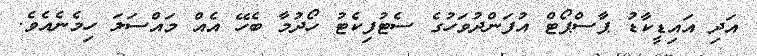
އަދި އައިޑީކާޑު ޕާސްޕޯޓް އުފަންދުވަހުގެ ސެޓުފިކެޓު ހޯދުމާ ބެހޭ އެއް މައްސަލަ ހިމެނެއެވެ.